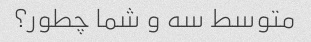
متوسط ​​سه و شما چطور؟